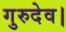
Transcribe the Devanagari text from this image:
गुरुदेव।